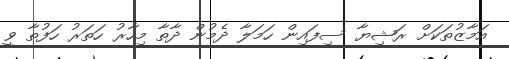
އަމާޒުތަކަށް ރަޝިޔާ ސިފައިން ހަމަލާ ދެމުން ދާތާ މިހާރު ހަތަރު ހަފުތާ ވީ